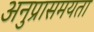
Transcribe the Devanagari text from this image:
अनुप्रासमयता